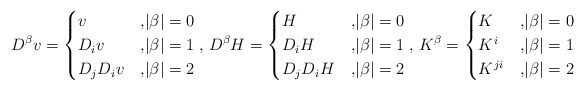
\begin{align*} D^{\beta}v = \begin{cases}v&{, }|\beta|=0\\ D_iv&{, }|\beta|=1\\ D_jD_iv&{, }|\beta|=2\end{cases},\, D^{\beta}H = \begin{cases}H&{, }|\beta|=0\\ D_iH&{, }|\beta|=1\\ D_jD_iH&{, }|\beta|=2\end{cases},\, K^{\beta} = \begin{cases}K&{, }|\beta|=0\\ K^i&{, }|\beta|=1\\ K^{ji}&{, }|\beta|=2\end{cases} \end{align*}